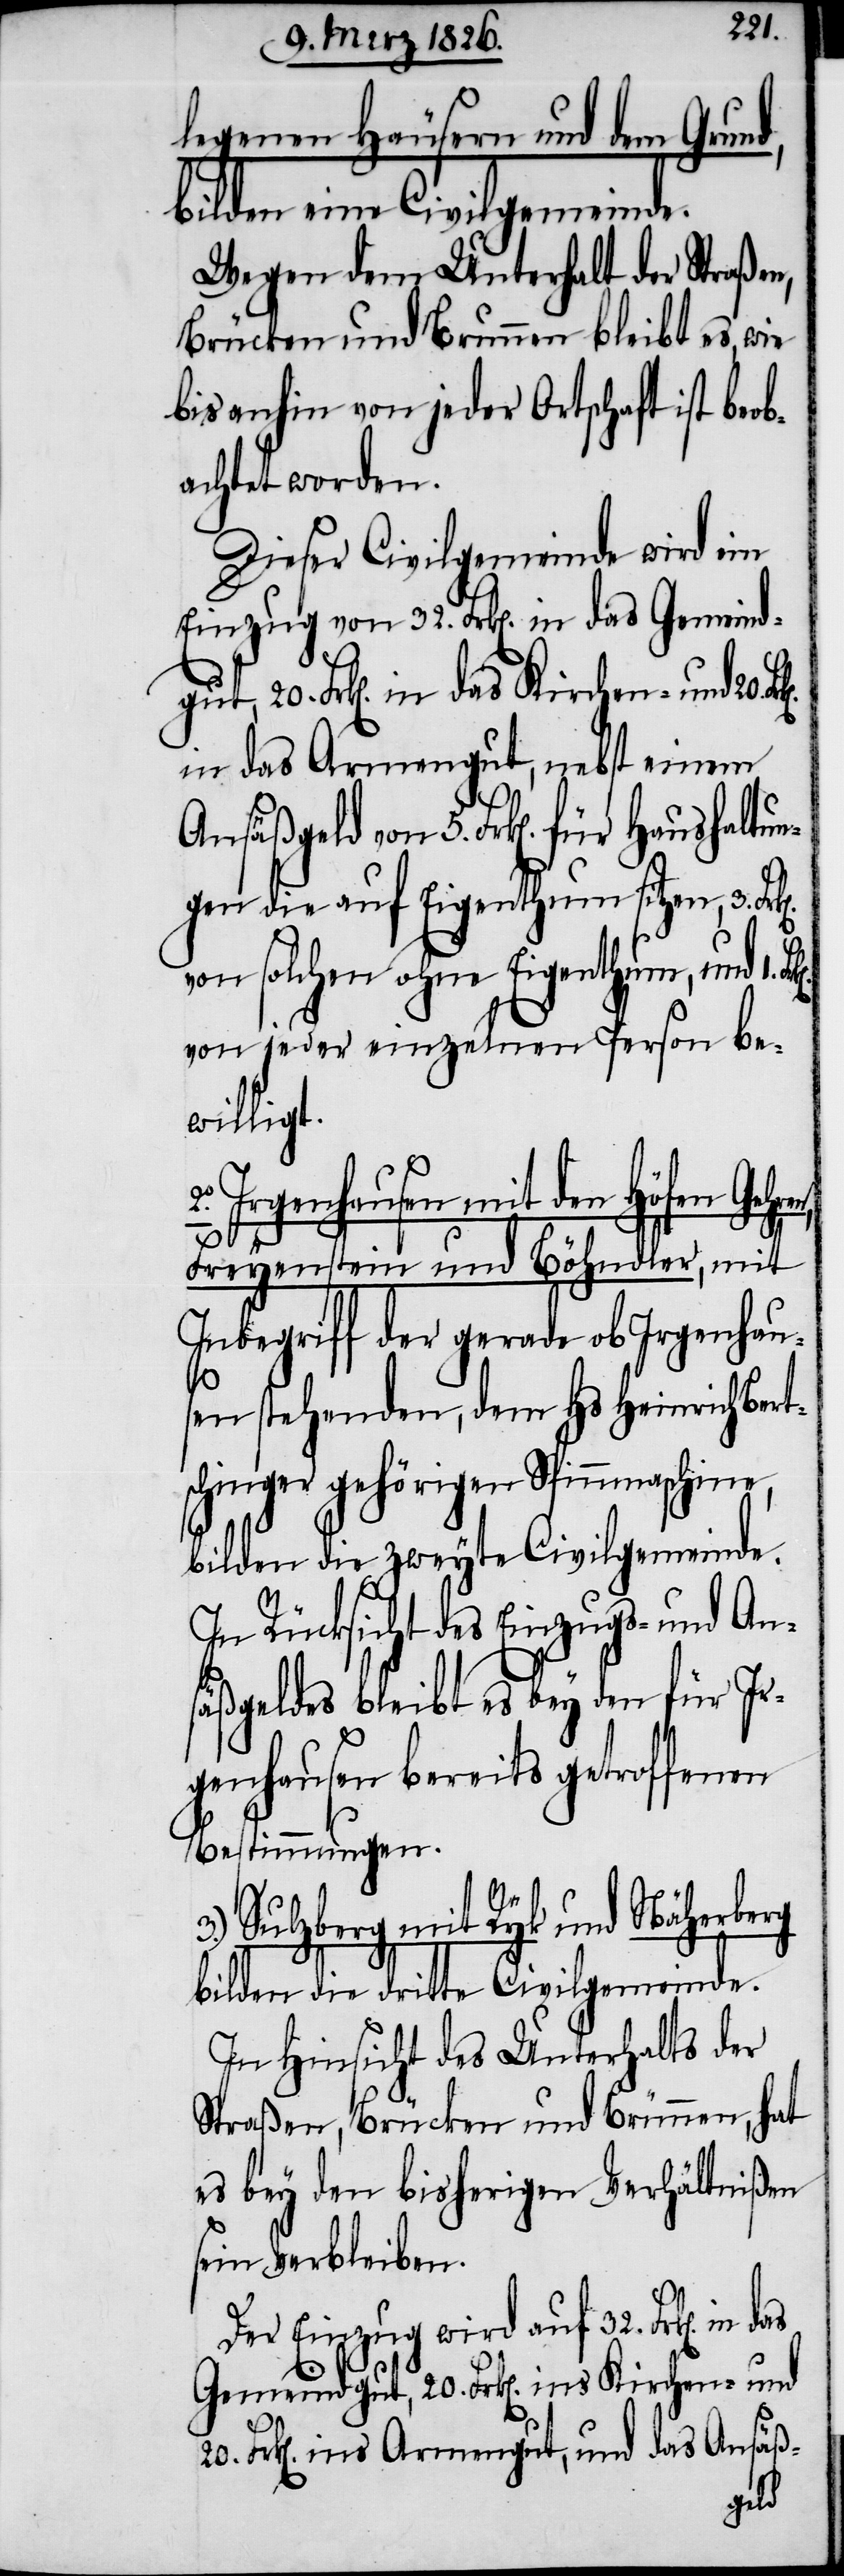
legenen Häusern und dem Grund,
bilden eine Civilgemeinde.
Wegen dem Unterhalt der Straßen,
Brücken und Brunnen bleibt es, wie
bisanhin von jeder Ortschaft ist beob¬
achtet worden.
Dieser Civilgemeinde wird ein
Einzug von 32. Frk[en]. in das Gemeind¬
20. Frk[en]. in das Kirchen- und 20.
in das Armengut, nebst einem
Ansäßgeld von 5. Frk[en]. für Haush¬
gen die auf Eigenthum sitzen, 3.
von solchen ohne Eigenthum, und 1.
von jeder einzelnen Person be¬
willigt.
Irgenhausen mit den Höfen
Freyenstein und Böhndler, mit
Inbegriff der gerade ob Irgenhau¬
sen stehenden, dem Hs Heinrich Bert¬
schinger gehörigen Spinnmaschine,
bilden die zweyte Civilgemeinde.
In Rücksicht des Einzugs- und An¬
säßgeldes bleibt es bey den für Ir¬
genhausen bereits getroffenen
Bestimmungen.
3.) Sulzberg mit Ryk und Näherberg
bilden die dritte Civilgemeinde.
In Hinsicht des Unterhalts der
Straßen, Brücken und Brünnen, hat
es bey den bisherigen Verhältnißen
sein Verbleiben.
Der Einzug wird auf 32. Frk[en].
Gemeindgut, 20. Frk[en]. ins Kirchen- und
Frk[en]. ins Armengut, und das Ansäß-
altun¬